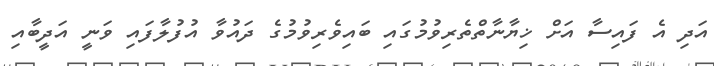
އަދި އެ ފައިސާ އަށް ޚިޔާނާތްތެރިވުމުގައި ބައިވެރިވުމުގެ ދައުވާ އުފުލާފައި ވަނީ އަދީބާއި